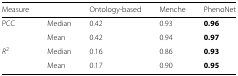
<table><thead><tr><td><b>Measure</b></td><td></td><td><b>Ontology-based</b></td><td><b>Menche</b></td><td><b>PhenoNet</b></td></tr></thead><tbody><tr><td>PCC</td><td>Median</td><td>0.42</td><td>0.93</td><td><b>0.96</b></td></tr><tr><td></td><td>Mean</td><td>0.42</td><td>0.94</td><td><b>0.97</b></td></tr><tr><td><i>R</i><sup>2</sup></td><td>Median</td><td>0.16</td><td>0.86</td><td><b>0.93</b></td></tr><tr><td></td><td>Mean</td><td>0.17</td><td>0.90</td><td><b>0.95</b></td></tr></tbody></table>